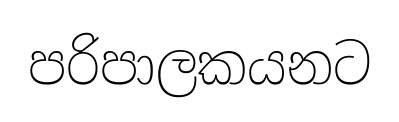
පරිපාලකයනට